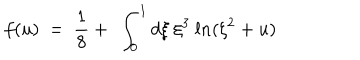
f ( u ) \ = \ \frac { 1 } { 8 } + \ \int _ { 0 } ^ { 1 } d \xi \ \xi ^ { 3 } \ l n ( \xi ^ { 2 } + u )